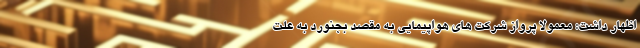
اظهار داشت: معمولا پرواز شرکت های هواپیمایی به مقصد بجنورد به علت